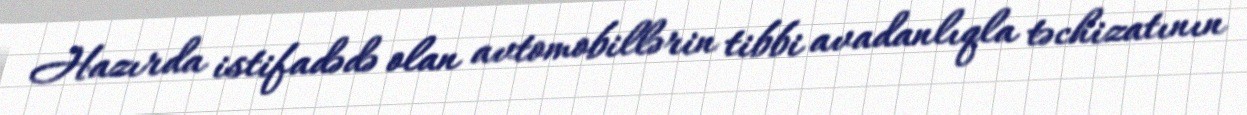
Hazırda istifadədə olan avtomobillərin tibbi avadanlıqla təchizatının